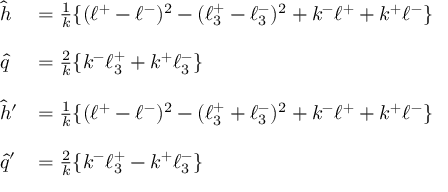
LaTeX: \begin{array} { l l } { { \hat { h } } } & { { = \frac { 1 } { k } \{ ( \ell ^ { + } - \ell ^ { - } ) ^ { 2 } - ( \ell _ { 3 } ^ { + } - \ell _ { 3 } ^ { - } ) ^ { 2 } + k ^ { - } \ell ^ { + } + k ^ { + } \ell ^ { - } \} } } \\ { { } } & { { } } \\ { { \hat { q } } } & { { = \frac { 2 } { k } \{ k ^ { - } \ell _ { 3 } ^ { + } + k ^ { + } \ell _ { 3 } ^ { - } \} } } \\ { { } } & { { } } \\ { { \hat { h } ^ { \prime } } } & { { = \frac { 1 } { k } \{ ( \ell ^ { + } - \ell ^ { - } ) ^ { 2 } - ( \ell _ { 3 } ^ { + } + \ell _ { 3 } ^ { - } ) ^ { 2 } + k ^ { - } \ell ^ { + } + k ^ { + } \ell ^ { - } \} } } \\ { { } } & { { } } \\ { { \hat { q } ^ { \prime } } } & { { = \frac { 2 } { k } \{ k ^ { - } \ell _ { 3 } ^ { + } - k ^ { + } \ell _ { 3 } ^ { - } \} } } \end{array}